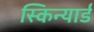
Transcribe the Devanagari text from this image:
स्किन्यार्ड